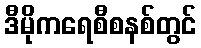
ဒီမိုကရေစီစနစ်တွင်